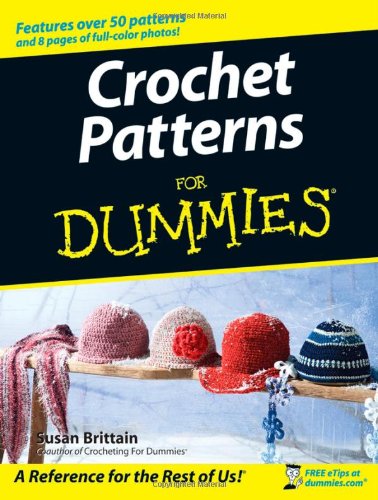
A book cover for Crochet Patterns For Dummies; Susan Brittain; Crafts, Hobbies & Home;